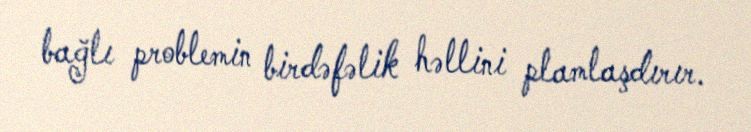
bağlı problemin birdəfəlik həllini plamlaşdırır.